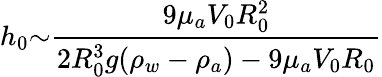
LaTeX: h_{0}{\sim}\frac{9{\mu}_{a}V_{0}R_{0}^{2}}{2R_{0}^{3}g({\rho}_{w}-{\rho}_{a})-9{\mu}_{a}V_{0}R_{0}}